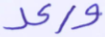
ورعد